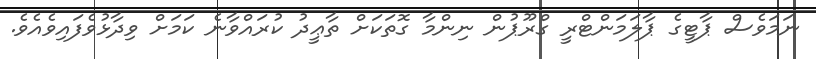
ނަމަވެސް ޕާޓީގެ ޕާލަމަންޓްރީ ގްރޫޕުން ނިންމާ ގޮތަކަށް ތާޢީދު ކުރައްވާނެ ކަމަށް ވިދާޅުވެފައިވެއެވެ.